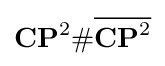
\mathbf {CP} ^{2}\#{\overline {\mathbf {CP} ^{2}}}